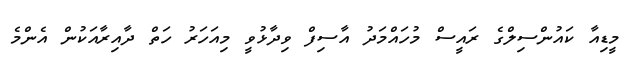
މީޑިއާ ކައުންސިލްގެ ރައީސް މުހައްމަދު އާސިފް ވިދާޅުވީ މިއަހަރު ހަތް ދާއިރާއަކުން އެންމެ